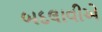
બદલાવીએ